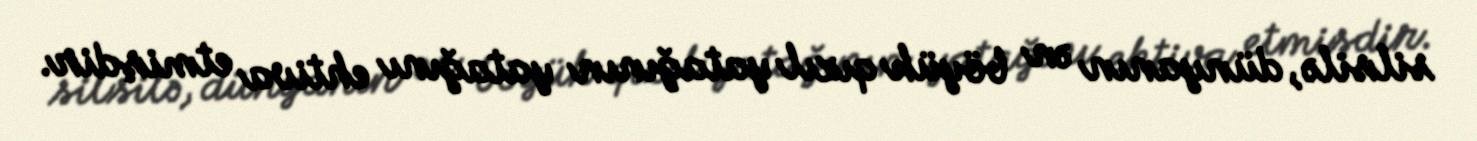
silsilə, dünyanın ən böyük qızıl yatağının yatağını ehtiva etmişdir.